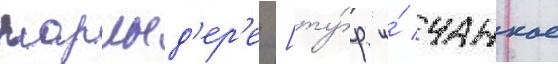
нарлыд'ер'е [ту́р. и́ чанкае